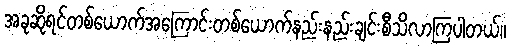
အခုဆိုရင်တစ်ယောက်အကြောင်းတစ်ယောက်နည်းနည်းချင်းစီသိလာကြပါတယ်။